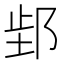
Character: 𬩿